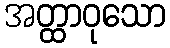
အတ္ထာဝုသော